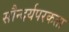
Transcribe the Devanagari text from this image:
सौन्दर्यपरकता